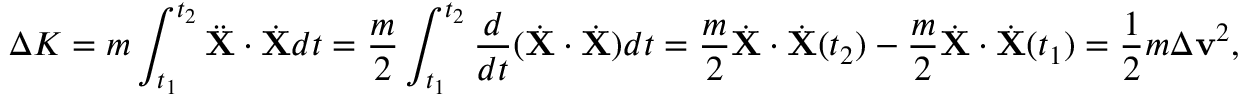
\Delta K = m \int _ { t _ { 1 } } ^ { t _ { 2 } } { \ddot { \mathbf { X } } } \cdot { \dot { \mathbf { X } } } d t = { \frac { m } { 2 } } \int _ { t _ { 1 } } ^ { t _ { 2 } } { \frac { d } { d t } } ( { \dot { \mathbf { X } } } \cdot { \dot { \mathbf { X } } } ) d t = { \frac { m } { 2 } } { \dot { \mathbf { X } } } \cdot { \dot { \mathbf { X } } } ( t _ { 2 } ) - { \frac { m } { 2 } } { \dot { \mathbf { X } } } \cdot { \dot { \mathbf { X } } } ( t _ { 1 } ) = { \frac { 1 } { 2 } } m \Delta \mathbf { v } ^ { 2 } ,